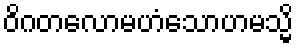
ဝိဂတလောမဟံသောဟမသ္မိ